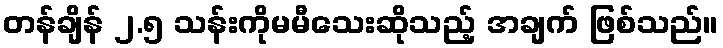
တန်ချိန် ၂.၅ သန်းကိုမမီသေးဆိုသည့် အချက် ဖြစ်သည်။